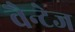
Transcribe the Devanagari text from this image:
वैन्टेज